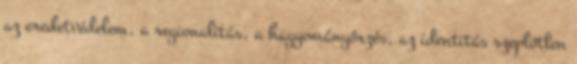
az eredetvédelem, a regionalitás, a hagyományőrzés, az identitás szeplőtlen